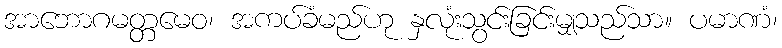
အာဘောဂမတ္တမေဝ၊ အကပ်ခံမည်ဟု နှလုံးသွင်းခြင်းမျှသည်သာ။ ပမာဏံ၊